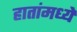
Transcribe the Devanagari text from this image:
हातांमध्ये